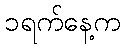
၁ရက်နေ့က